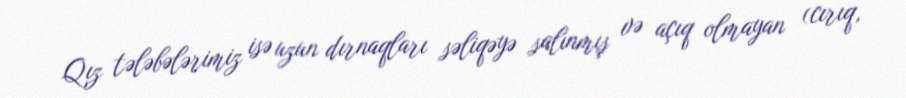
Qız tələbələrimiz isə uzun dırnaqları səliqəyə salınmış və açıq olmayan (cırıq,